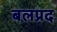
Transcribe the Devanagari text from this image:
बलप्रद